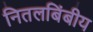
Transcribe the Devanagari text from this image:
नितलबिंबीय